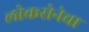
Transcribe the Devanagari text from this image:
लोकसेनेचा